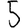
Digit: 5